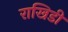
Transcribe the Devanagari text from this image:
राखिडी